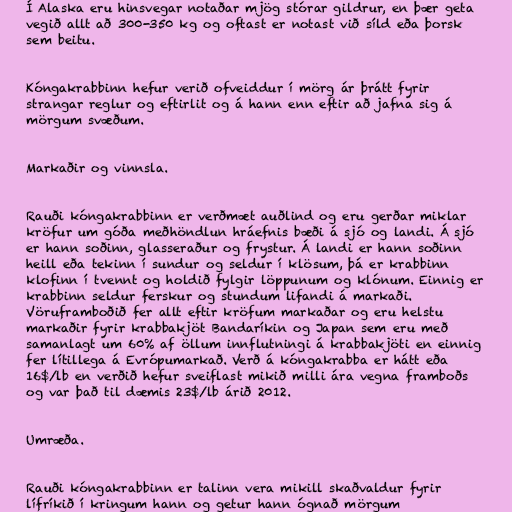
Í Alaska eru hinsvegar notaðar mjög stórar gildrur, en þær geta
vegið allt að 300-350 kg og oftast er notast við síld eða þorsk
sem beitu.

Kóngakrabbinn hefur verið ofveiddur í mörg ár þrátt fyrir
strangar reglur og eftirlit og á hann enn eftir að jafna sig á
mörgum svæðum.

Markaðir og vinnsla.

Rauði kóngakrabbinn er verðmæt auðlind og eru gerðar miklar
kröfur um góða meðhöndlun hráefnis bæði á sjó og landi. Á sjó
er hann soðinn, glasseraður og frystur. Á landi er hann soðinn
heill eða tekinn í sundur og seldur í klösum, þá er krabbinn
klofinn í tvennt og holdið fylgir löppunum og klónum. Einnig er
krabbinn seldur ferskur og stundum lifandi á markaði.
Vöruframboðið fer allt eftir kröfum markaðar og eru helstu
markaðir fyrir krabbakjöt Bandaríkin og Japan sem eru með
samanlagt um 60% af öllum innflutningi á krabbakjöti en einnig
fer lítillega á Evrópumarkað. Verð á kóngakrabba er hátt eða
16$/lb en verðið hefur sveiflast mikið milli ára vegna framboðs
og var það til dæmis 23$/lb árið 2012.

Umræða.

Rauði kóngakrabbinn er talinn vera mikill skaðvaldur fyrir
lífríkið í kringum hann og getur hann ógnað mörgum